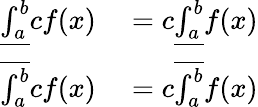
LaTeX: \begin{array}{rl}{{\underline{{\int_{a}^{b}}}}cf(x)}&{{}=c{\underline{{\int_{a}^{b}}}}f(x)}\\ {{\overline{{\int_{a}^{b}}}}cf(x)}&{{}=c{\overline{{\int_{a}^{b}}}}f(x)}\end{array}